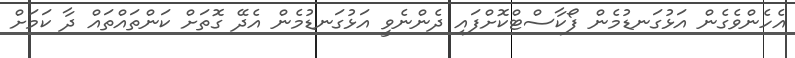
އެހެންވެގެން އަޅުގަނޑުމެން ފޯކާސްޓްކޮށްފައި ދެންނެވީ އަޅުގަނޑުމެން އެދޭ ގޮތަށް ކަންތައްތައް ދާ ކަމަށް